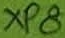
Text: XP8